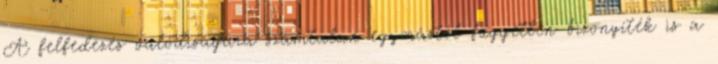
A felfedezés valódiságára számtalan egymástól független bizonyíték is a